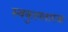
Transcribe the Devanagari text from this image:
स्वकुलतारक